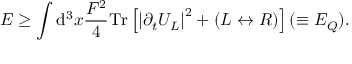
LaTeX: E \ge \int \mathrm { d } ^ { 3 } x { \frac { F ^ { 2 } } { 4 } } \mathrm { T r } \left[ \left| \partial _ { t } U _ { L } \right| ^ { 2 } + \left( L \leftrightarrow R \right) \right] ( \equiv E _ { Q } ) .